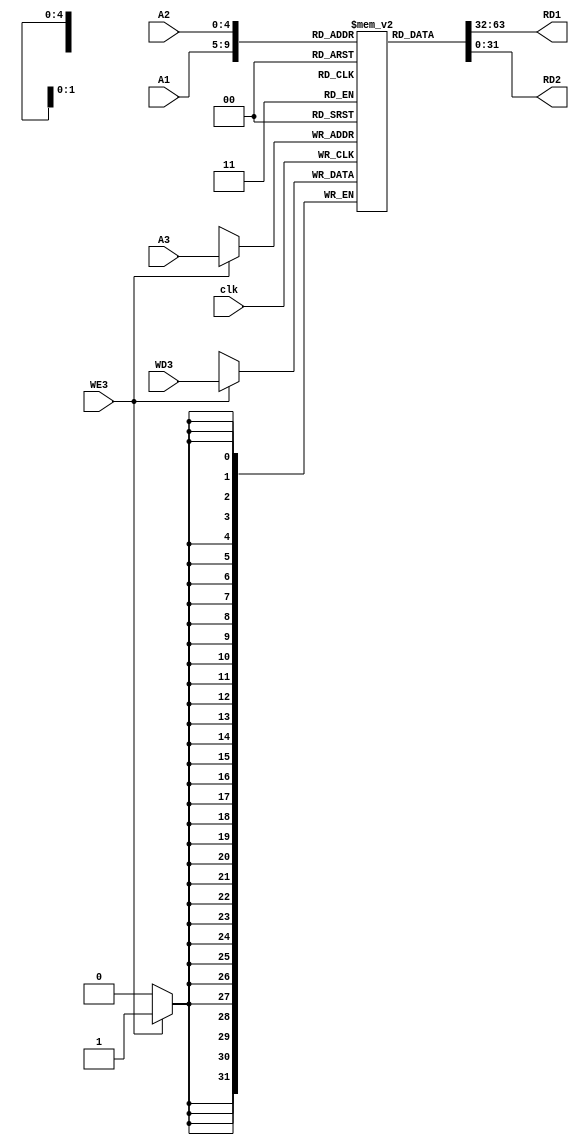
module register_file (A1, A2, A3, RD1, RD2, WD3, WE3, clk);
	input [4:0] A1, A2, A3;
	input [31:0] WD3;
	input clk, WE3;
	output [31:0] RD1, RD2;

	reg [31:0] regfile [31:0];
	initial
	begin
	  regfile[0]=32'b0;
	end
	assign RD1 = regfile[A1];
	assign RD2 = regfile[A2];

	always @(posedge clk ) 
	begin
		if (WE3 == 1'b1) regfile[A3] = WD3;
	end
endmodule